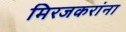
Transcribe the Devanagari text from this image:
मिरजकरांना